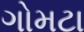
ગોમટા